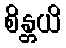
စိန္တယိ